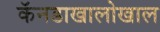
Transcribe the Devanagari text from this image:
कॅनडाखालोखाल